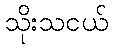
သိုးသငယ်